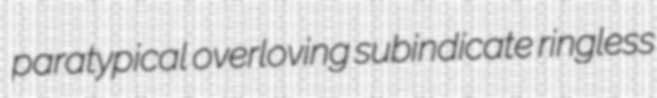
paratypical overloving subindicate ringless